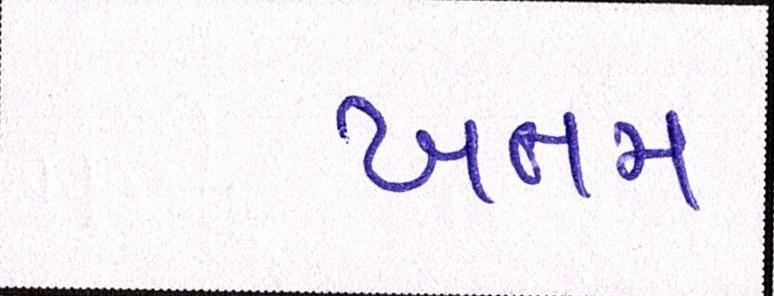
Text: ખતમ